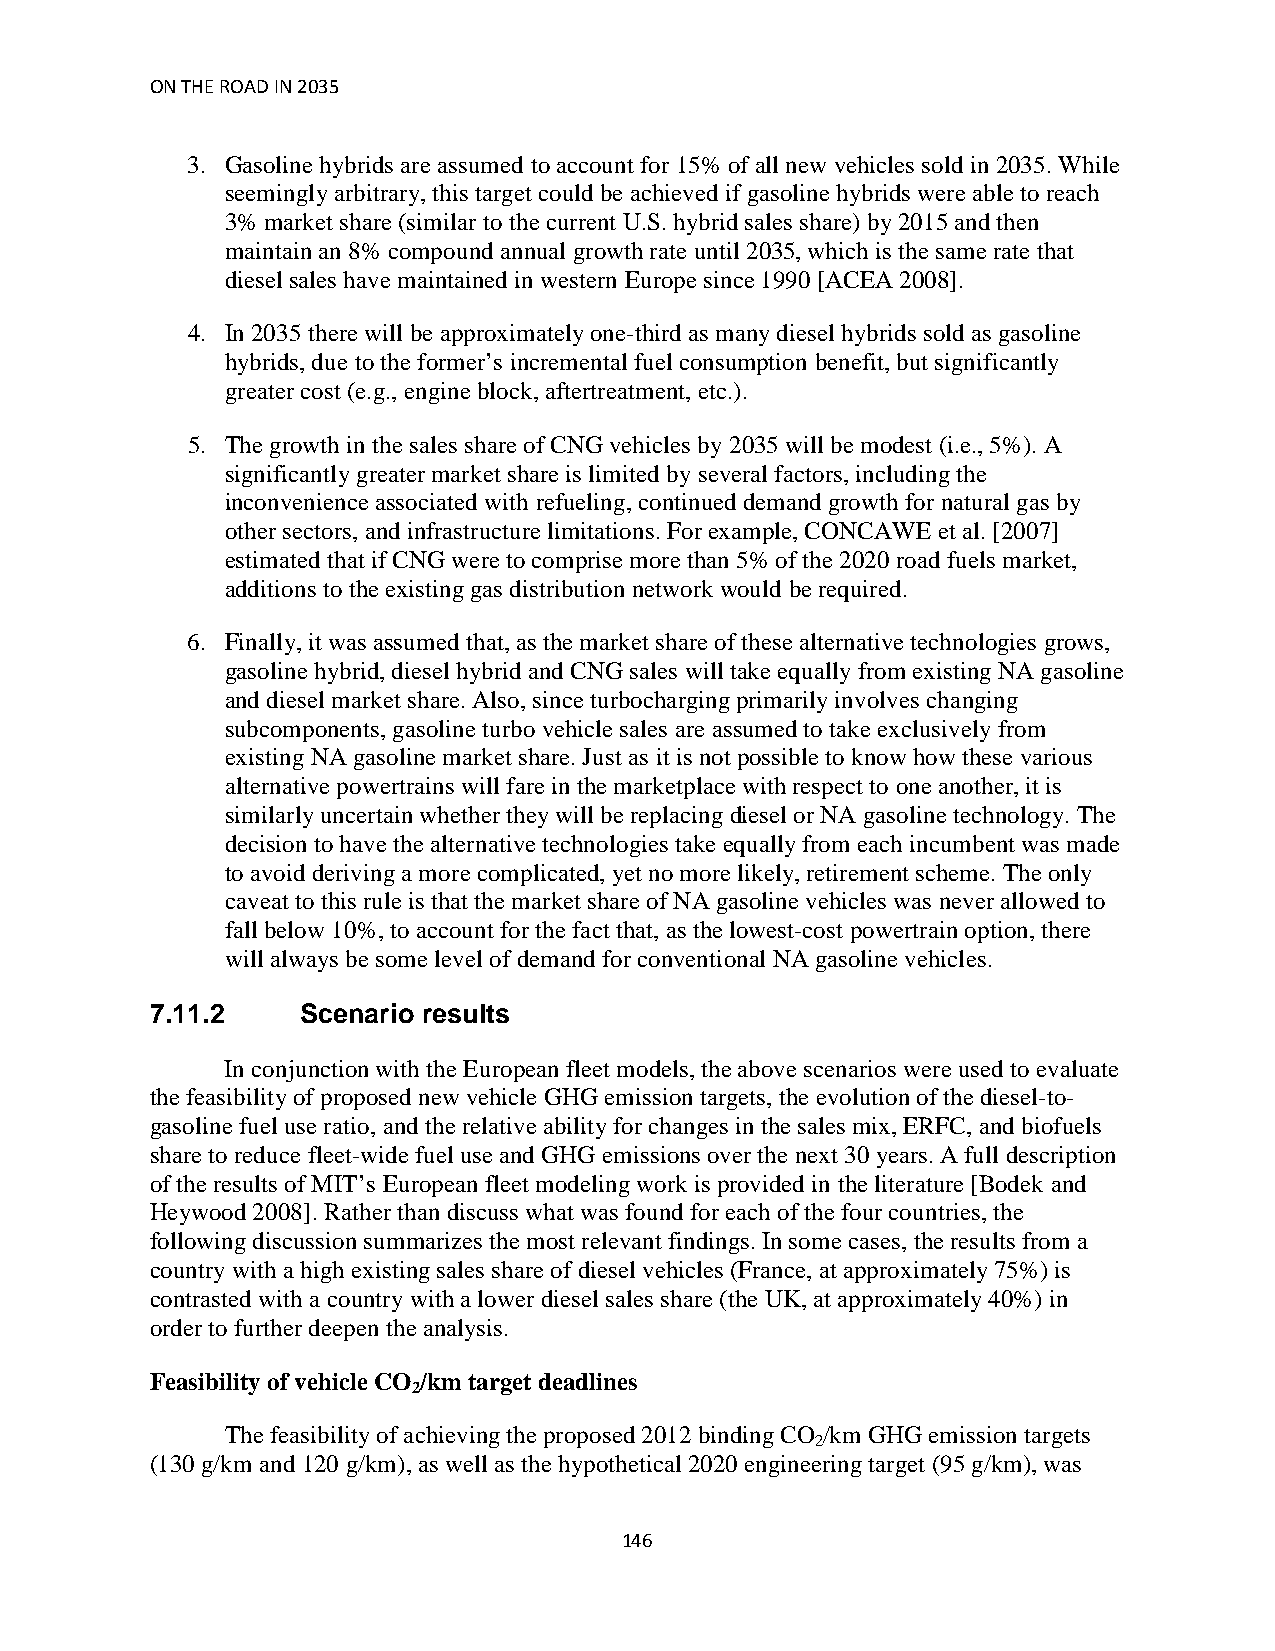
ON THE ROAD IN 2035
 3. Gasoline hybrids are assumed to account for 15% of all new vehicles sold in 2035. While
 seemingly arbitrary, this target could be achieved if gasoline hybrids were able to reach
 3% market share (similar to the current U.S. hybrid sales share) by 2015 and then
 maintain an 8% compound annual growth rate until 2035, which is the same rate that
 diesel sales have maintained in western Europe since 1990 [ACEA 2008].
 4. In 2035 there will be approximately one-third as many diesel hybrids sold as gasoline
 hybrids, due to the former’s incremental fuel consumption benefit, but significantly
 greater cost (e.g., engine block, aftertreatment, etc.).
 5. The growth in the sales share of CNG vehicles by 2035 will be modest (i.e., 5%). A
 significantly greater market share is limited by several factors, including the
 inconvenience associated with refueling, continued demand growth for natural gas by
 other sectors, and infrastructure limitations. For example, CONCAWE et al. [2007]
 estimated that if CNG were to comprise more than 5% of the 2020 road fuels market,
 additions to the existing gas distribution network would be required.
 6. Finally, it was assumed that, as the market share of these alternative technologies grows,
 gasoline hybrid, diesel hybrid and CNG sales will take equally from existing NA gasoline
 and diesel market share. Also, since turbocharging primarily involves changing
 subcomponents, gasoline turbo vehicle sales are assumed to take exclusively from
 existing NA gasoline market share. Just as it is not possible to know how these various
 alternative powertrains will fare in the marketplace with respect to one another, it is
 similarly uncertain whether they will be replacing diesel or NA gasoline technology. The
 decision to have the alternative technologies take equally from each incumbent was made
 to avoid deriving a more complicated, yet no more likely, retirement scheme. The only
 caveat to this rule is that the market share of NA gasoline vehicles was never allowed to
 fall below 10%, to account for the fact that, as the lowest-cost powertrain option, there
 will always be some level of demand for conventional NA gasoline vehicles.
 7.11.2    Scenario results
 In conjunction with the European fleet models, the above scenarios were used to evaluate
 the feasibility of proposed new vehicle GHG emission targets, the evolution of the diesel-to-
 gasoline fuel use ratio, and the relative ability for changes in the sales mix, ERFC, and biofuels
 share to reduce fleet-wide fuel use and GHG emissions over the next 30 years. A full description
 of the results of MIT’s European fleet modeling work is provided in the literature [Bodek and
 Heywood 2008]. Rather than discuss what was found for each of the four countries, the
 following discussion summarizes the most relevant findings. In some cases, the results from a
 country with a high existing sales share of diesel vehicles (France, at approximately 75%) is
 contrasted with a country with a lower diesel sales share (the UK, at approximately 40%) in
 order to further deepen the analysis.
 Feasibility of vehicle CO /km target deadlines
 2
 The feasibility of achieving the proposed 2012 binding CO /km GHG emission targets
 2
 (130 g/km and 120 g/km), as well as the hypothetical 2020 engineering target (95 g/km), was
 146